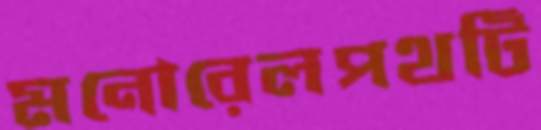
মনোরেলপথটি